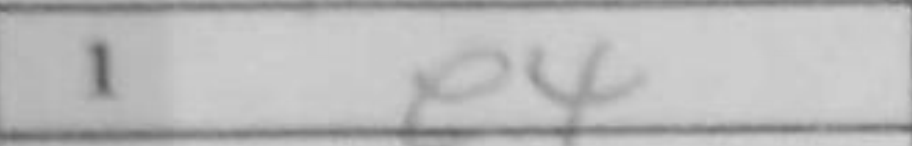
Transcription: e4